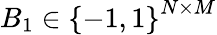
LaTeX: B_{1}\in\left\{ -1,1\right\} ^{N\times M}